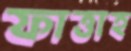
ফাত্তাহ